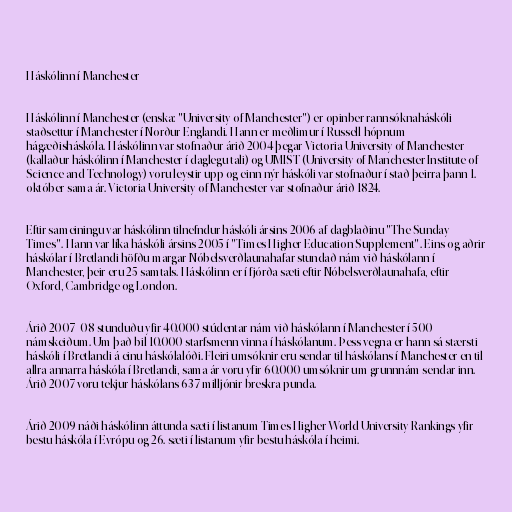
Háskólinn í Manchester

Háskólinn í Manchester (enska: "University of Manchester") er opinber rannsóknaháskóli
staðsettur í Manchester í Norður-Englandi. Hann er meðlimur í Russell-hópnum
hágæðisháskóla. Háskólinn var stofnaður árið 2004 þegar Victoria University of Manchester
(kallaður háskólinn í Manchester í daglegu tali) og UMIST (University of Manchester Institute of
Science and Technology) voru leystir upp og einn nýr háskóli var stofnaður í stað þeirra þann 1.
október sama ár. Victoria University of Manchester var stofnaður árið 1824.

Eftir sameiningu var háskólinn tilnefndur háskóli ársins 2006 af dagblaðinu "The Sunday
Times". Hann var líka háskóli ársins 2005 í "Times Higher Education Supplement". Eins og aðrir
háskólar í Bretlandi höfðu margar Nóbelsverðlaunahafar stundað nám við háskólann í
Manchester, þeir eru 25 samtals. Háskólinn er í fjórða sæti eftir Nóbelsverðlaunahafa, eftir
Oxford, Cambridge og London.

Árið 2007–08 stunduðu yfir 40.000 stúdentar nám við háskólann í Manchester í 500
námskeiðum. Um það bil 10.000 starfsmenn vinna í háskólanum. Þess vegna er hann sá stærsti
háskóli í Bretlandi á einu háskólalóði. Fleiri umsóknir eru sendar til háskólans í Manchester en til
allra annarra háskóla í Bretlandi, sama ár voru yfir 60.000 umsóknir um grunnnám sendar inn.
Árið 2007 voru tekjur háskólans 637 milljónir breskra punda.

Árið 2009 náði háskólinn áttunda sæti í listanum Times Higher World University Rankings yfir
bestu háskóla í Evrópu og 26. sæti í listanum yfir bestu háskóla í heimi.